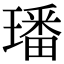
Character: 璠